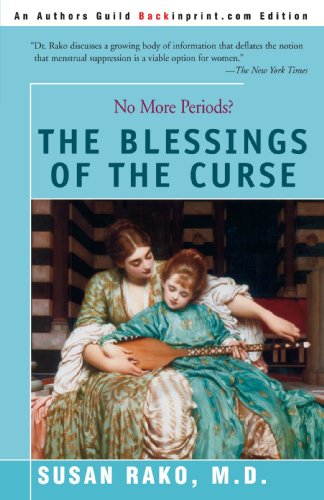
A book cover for The Blessings of the Curse: No More Periods?; Susan Rako; Health, Fitness & Dieting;